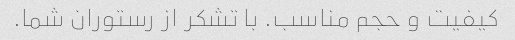
کیفیت و حجم مناسب. با تشکر از رستوران شما.